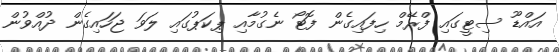
އައްޑޫ ސިޓީގައި ފްރޭމް ހިފައިގެން ފޮޓޯ ނެގުމާއި ޕިކަޕުގައި ލަވަ ޖަހައިގެން ދުއްވުން